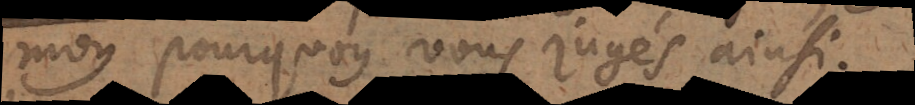
moy pourquoy vous jugés ainsi.